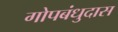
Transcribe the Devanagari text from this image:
गोपबंधुदास